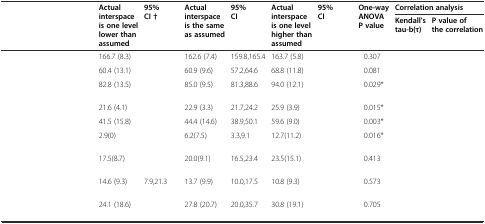
<table><thead><tr><td rowspan="2">[EMPTY_CELL]</td><td rowspan="2"><b>Actual interspace is one level lower than assumed</b></td><td rowspan="2"><b>95% CI †</b></td><td rowspan="2"><b>Actual interspace is the same as assumed</b></td><td rowspan="2"><b>95% CI</b></td><td rowspan="2"><b>Actual interspace is one level higher than assumed</b></td><td rowspan="2"><b>95% CI</b></td><td rowspan="2"><b>One-way ANOVA P value</b></td><td colspan="2"><b>Correlation analysis</b></td></tr><tr><td><b>Kendall’s tau-b(τ)</b></td><td><b>P value of the correlation</b></td></tr></thead><tbody><tr><td>[EMPTY_CELL]</td><td>166.7 (8.3)</td><td>[EMPTY_CELL]</td><td>162.6 (7.4)</td><td>159.8,165.4</td><td>163.7 (5.8)</td><td>[EMPTY_CELL]</td><td>0.307</td><td>[EMPTY_CELL]</td><td>[EMPTY_CELL]</td></tr><tr><td>[EMPTY_CELL]</td><td>60.4 (13.1)</td><td>[EMPTY_CELL]</td><td>60.9 (9.6)</td><td>57.2,64.6</td><td>68.8 (11.8)</td><td>[EMPTY_CELL]</td><td>0.081</td><td>[EMPTY_CELL]</td><td>[EMPTY_CELL]</td></tr><tr><td>[EMPTY_CELL]</td><td>82.8 (13.5)</td><td>[EMPTY_CELL]</td><td>85.0 (9.5)</td><td>81.3,88.6</td><td>94.0 (12.1)</td><td>[EMPTY_CELL]</td><td>0.029*</td><td>[EMPTY_CELL]</td><td>[EMPTY_CELL]</td></tr><tr><td>[EMPTY_CELL]</td><td>21.6 (4.1)</td><td>[EMPTY_CELL]</td><td>22.9 (3.3)</td><td>21.7,24.2</td><td>25.9 (3.9)</td><td>[EMPTY_CELL]</td><td>0.015*</td><td>[EMPTY_CELL]</td><td>[EMPTY_CELL]</td></tr><tr><td>[EMPTY_CELL]</td><td>41.5 (15.8)</td><td>[EMPTY_CELL]</td><td>44.4 (14.6)</td><td>38.9,50.1</td><td>59.6 (9.0)</td><td>[EMPTY_CELL]</td><td>0.003*</td><td>[EMPTY_CELL]</td><td>[EMPTY_CELL]</td></tr><tr><td>[EMPTY_CELL]</td><td>2.9(0)</td><td>[EMPTY_CELL]</td><td>6.2(7.5)</td><td>3.3,9.1</td><td>12.7(11.2)</td><td>[EMPTY_CELL]</td><td>0.016*</td><td>[EMPTY_CELL]</td><td>[EMPTY_CELL]</td></tr><tr><td>[EMPTY_CELL]</td><td>17.5(8.7)</td><td>[EMPTY_CELL]</td><td>20.0(9.1)</td><td>16.5,23.4</td><td>23.5(15.1)</td><td>[EMPTY_CELL]</td><td>0.413</td><td>[EMPTY_CELL]</td><td>[EMPTY_CELL]</td></tr><tr><td>[EMPTY_CELL]</td><td>14.6 (9.3)</td><td>7.9,21.3</td><td>13.7 (9.9)</td><td>10.0,17.5</td><td>10.8 (9.3)</td><td>[EMPTY_CELL]</td><td>0.573</td><td>[EMPTY_CELL]</td><td>[EMPTY_CELL]</td></tr><tr><td>[EMPTY_CELL]</td><td>24.1 (18.6)</td><td>[EMPTY_CELL]</td><td>27.8 (20.7)</td><td>20.0,35.7</td><td>30.8 (19.1)</td><td>[EMPTY_CELL]</td><td>0.705</td><td>[EMPTY_CELL]</td><td>[EMPTY_CELL]</td></tr></tbody></table>